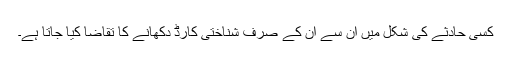
کسی حادثے کی شکل میں اُن سے اُن کے صرف شناختی کارڈ دکھانے کا تقاضا کیا جاتا ہے۔